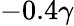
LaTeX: -0.4\gamma